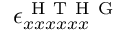
\epsilon _ { x x x x x x } ^ { \mathrm { ~ H ~ T ~ H ~ G ~ } }